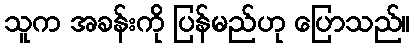
သူက အခန်းကို ပြန်မည်ဟု ပြောသည်။